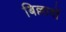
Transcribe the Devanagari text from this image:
बिल्लावों